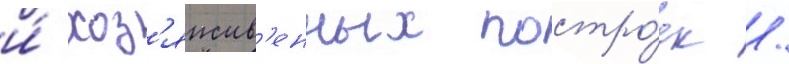
и́ хоз'яиств'енных постро́ек /